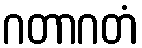
ဂတာဂတံ